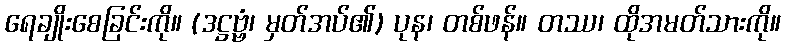
ရေချိုးစေခြင်းကို။ (ဒဋ္ဌဗ္ဗံ၊ မှတ်အပ်၏) ပုန၊ တစ်ဖန်။ တဿ၊ ထိုအမတ်သားကို။